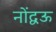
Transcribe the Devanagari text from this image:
नोंद्वऊ